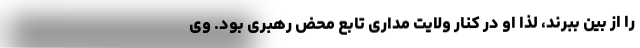
را از بین ببرند، لذا او در کنار ولایت مداری تابع محض رهبری بود. وی